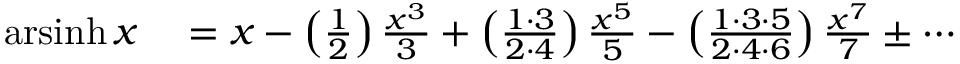
\begin{array} { r l } { \operatorname { a r s i n h } x } & { { } = x - \left( { \frac { 1 } { 2 } } \right) { \frac { x ^ { 3 } } { 3 } } + \left( { \frac { 1 \cdot 3 } { 2 \cdot 4 } } \right) { \frac { x ^ { 5 } } { 5 } } - \left( { \frac { 1 \cdot 3 \cdot 5 } { 2 \cdot 4 \cdot 6 } } \right) { \frac { x ^ { 7 } } { 7 } } \pm \cdots } \end{array}